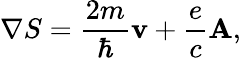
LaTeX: \nabla S=\frac{2m}{\hbar}{\mathbf v}+\frac{e}{c}{\mathbf A},